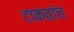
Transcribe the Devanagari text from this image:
टाकतांच